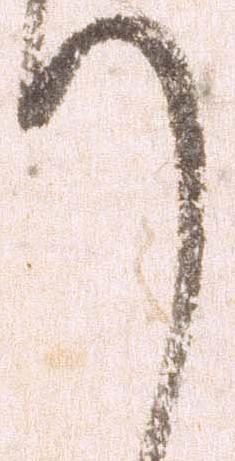
謹